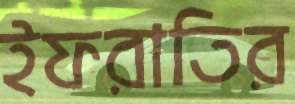
ইফরাতির